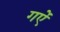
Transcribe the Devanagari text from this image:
गऐं